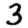
Digit: 3